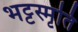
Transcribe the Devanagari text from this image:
भट्टस्मृति